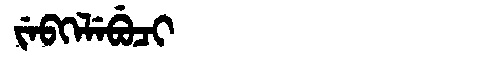
Manchu: ᠵᡝᠪᡴᡝᠯᡝᠪᡠᠴᡳ
Romanization: JEBKELEBUCI